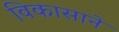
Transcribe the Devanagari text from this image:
विकासाने